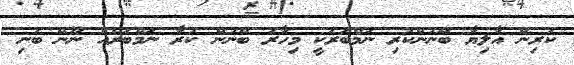
ކުރިން އާލިޔާ ބޭނުންކުރި ނަމްބަރަކީ މިހާރު ބޭނުން ކުރާ ނަމްބަރެއް ނޫނޭ ބުނި